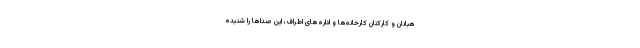
هبانان و کارکنان کارخانه‌ها و اداره‌های اطراف، این صداها را شنیده